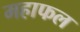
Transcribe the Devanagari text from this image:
महाफल